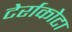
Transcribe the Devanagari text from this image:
टेर्राकोटा